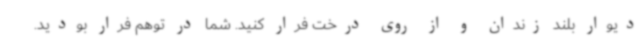
دیوار بلند زندان و از روی درخت فرار کنید. شما در توهم فرار بودید.